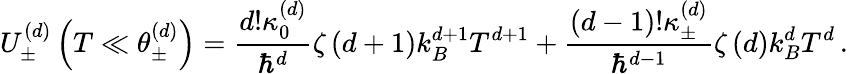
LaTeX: U_{\pm}^{\left(d\right)}\left(T\ll\theta_{\pm}^{\left(d\right)}\right)=\frac{d!\kappa_{0}^{\left(d\right)}}{\hbar^{d}}\zeta\left(d+1\right)k_{B}^{d+1}T^{d+1}+\frac{\left(d-1\right)!\kappa_{\pm}^{\left(d\right)}}{\hbar^{d-1}}\zeta\left(d\right)k_{B}^{d}T^{d}\, .